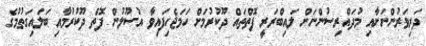
ދަރިވަރުންނަށާއި މުދައްރިސުންނަށް ލައިބްރަރީ ފޮތްތައް ދޫކުރުމަށް ހަމަޖެހިފައިވާ އުސޫލުން ފޮތް ދޫކުރުމާއި ބަލައިގަތުމުގެ